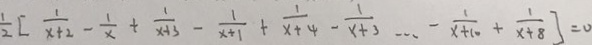
\frac { 1 } { 2 } [ \frac { 1 } { x + 2 } - \frac { 1 } { x } + \frac { 1 } { x + 3 } - \frac { 1 } { x + 1 } + \frac { 1 } { x + 4 } - \frac { 1 } { x + 3 } \cdots - \frac { 1 } { x + 1 0 } + \frac { 1 } { x + 8 } ] = 0